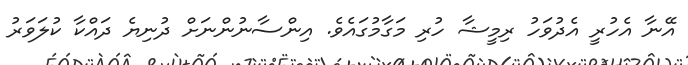
އޭނާ އެހުރީ އެދުވަހު ރިމީޝާ ހުރި މަގާމުގައެވެ. އިންސާނުންނަށް ދުނިޔެ ދައްކާ ކުލަވަރު